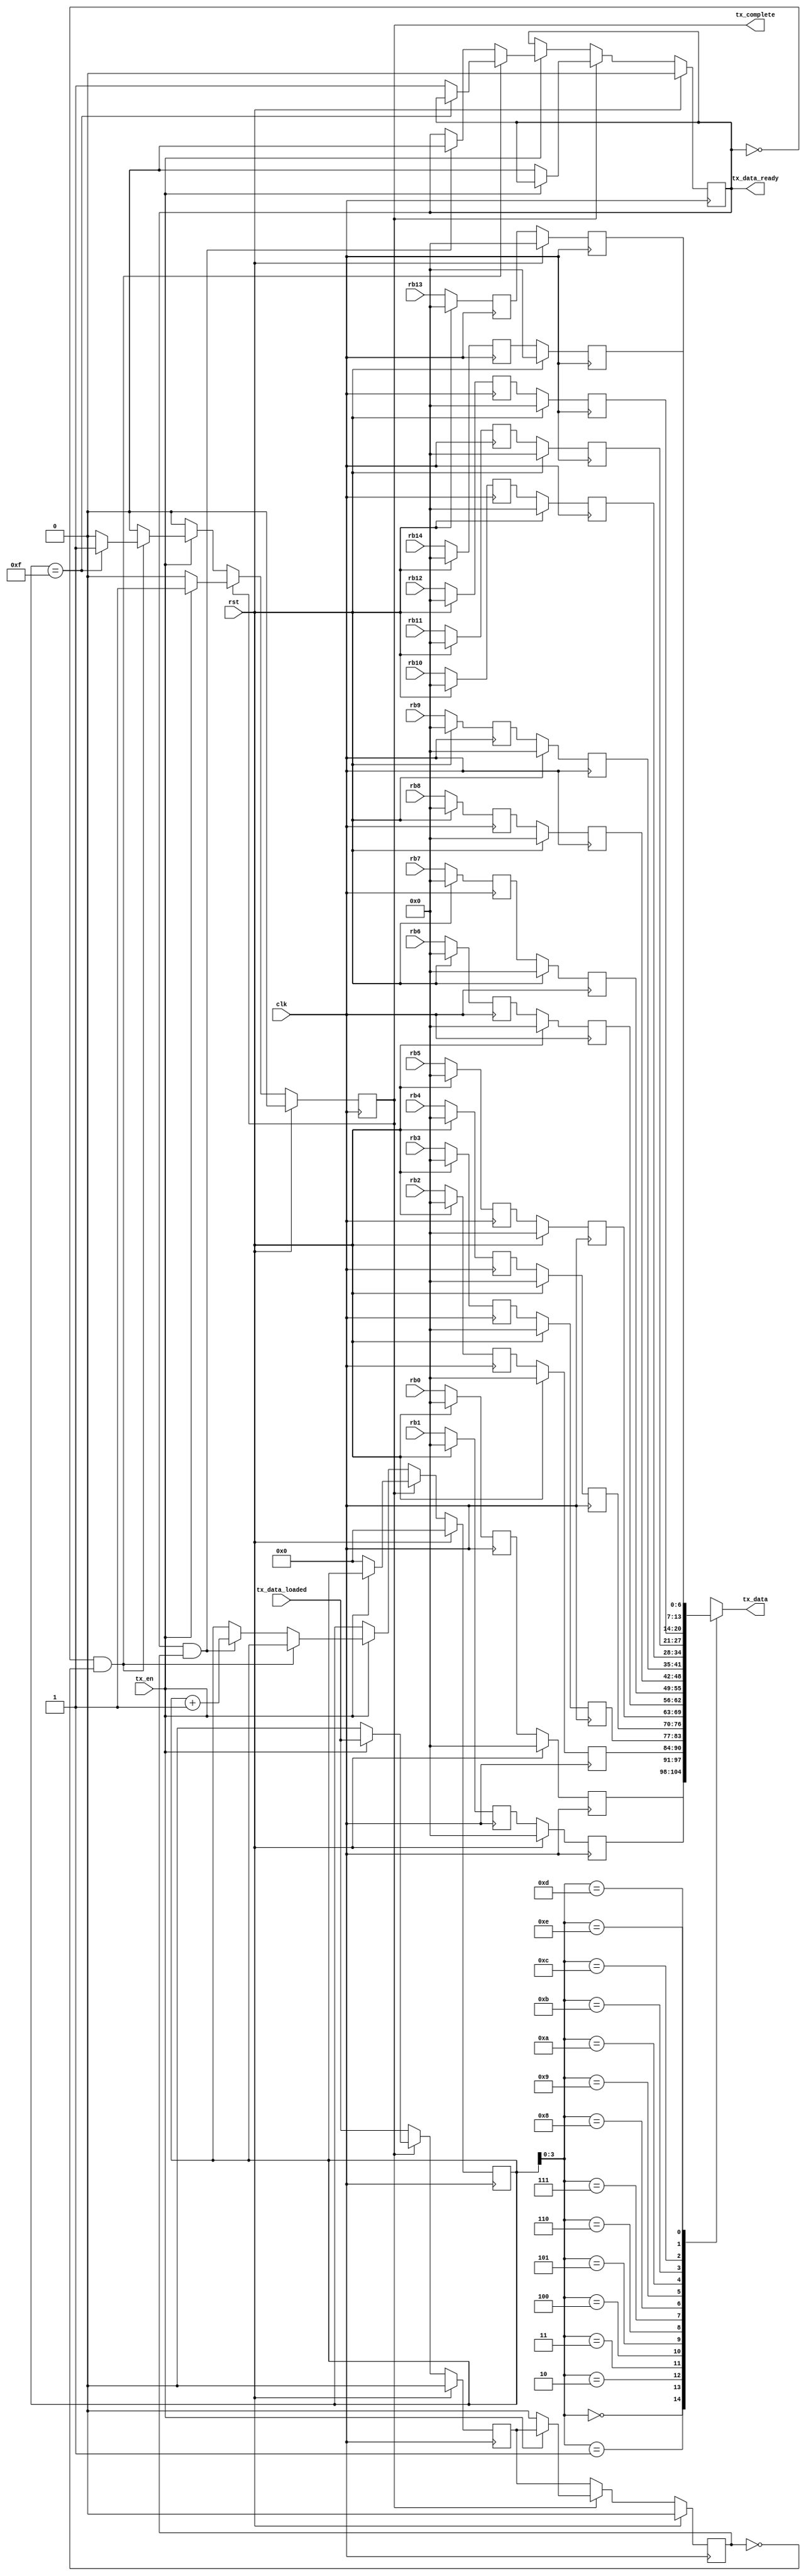
module monitor_readback(
	clk,
	rst,
	tx_en,
	//tx_clk,
	tx_data_ready,
	tx_data,
	tx_data_loaded,
	tx_complete,
	rb0,
	rb1,
	rb2,
	rb3,
	rb4,
	rb5,
	rb6,
	rb7,
	rb8,
	rb9,
	rb10,
	rb11,
	//rb12
	rb12,
	rb13,
	rb14
);

//parameter N_READBACKS = 13;
parameter N_READBACKS = 15;

// Ports
input					clk;
input					rst;
input					tx_en;
//input					tx_clk;
input					tx_data_loaded;
output	reg		tx_data_ready;
output [6:0]	tx_data;
output	reg		tx_complete;
input	  [6:0]		rb0;
input	  [6:0]		rb1;
input	  [6:0]		rb2;
input	  [6:0]		rb3;
input	  [6:0]		rb4;
input	  [6:0]		rb5;
input	  [6:0]		rb6;
input	  [6:0]		rb7;
input	  [6:0]		rb8;
input	  [6:0]		rb9;
input	  [6:0]		rb10;
input	  [6:0]		rb11;
input	  [6:0]		rb12;
input	  [6:0]		rb13;
input	  [6:0]		rb14;

// Registers
reg [6:0] readbacks_a [0:N_READBACKS-1];
reg [6:0] readbacks_b [0:N_READBACKS-1];

// For for loop
integer i;

always @(posedge clk) begin
	if (rst) begin
		for (i=0; i < N_READBACKS; i=i+1) begin
			readbacks_a[i] <= 0;
			readbacks_b[i] <= 0;
		end
	end else begin
		// Synchronise readbacks
		readbacks_a[0]		<=	rb0;
		readbacks_a[1]		<=	rb1;
		readbacks_a[2]		<=	rb2;
		readbacks_a[3]		<=	rb3;
		readbacks_a[4]		<=	rb4;
		readbacks_a[5]		<=	rb5;
		readbacks_a[6]		<=	rb6;
		readbacks_a[7]		<=	rb7;
		readbacks_a[8]		<=	rb8;
		readbacks_a[9]		<=	rb9;
		readbacks_a[10]	<=	rb10;
		readbacks_a[11]	<=	rb11;
		readbacks_a[12]	<=	rb12;
		readbacks_a[13]	<=	rb13;
		readbacks_a[14]	<=	rb14;
		for (i=0; i < N_READBACKS; i=i+1) begin
			readbacks_b[i] <= readbacks_a[i];
		end
	end
end

// Readback logic.  This works as the DAQ RAM readback.  Each readback is
// stepped trhough in turn, with its data presented until transmitted by the uart
reg [4:0]   tx_cnt;
//reg			tx_data_ready;
reg			tx_data_loaded1;
reg			tx_data_loaded2;
//reg 			tx_complete;
//reg [7:0]	tx_data;
//always @(posedge tx_clk) begin
always @(posedge clk) begin
	if (rst) begin
		tx_cnt <= 0;
		tx_data_ready <= 0;
		tx_data_loaded1 <= 0;
		tx_data_loaded2 <= 0;
		tx_complete <= 0;
	end else begin
		//tx_data_loaded is asserted by the UART once it has loaded the current
		//data word.  Since the UART operates on the baud clock domain, synchronise
		tx_data_loaded1 <= tx_data_loaded;
		tx_data_loaded2 <= tx_data_loaded1;
		if (!tx_complete) begin
			if (tx_en) begin
				//Transmission of RAM contents enabled
				if (!tx_data_ready && !tx_data_loaded2) begin
					if (tx_cnt == N_READBACKS) begin
							//We have transmitted the data from the last address
							tx_complete <= 1;
					end else begin
						//Load the data from RAM address currently specified by tx_cnt
						tx_data_ready <= 1;
					end
				end else begin
					if (tx_data_ready && tx_data_loaded2) begin
						//Data word has been loaded to the uart.  tx_data_loaded will stay 
						//high until the UART transmission has finished
						tx_data_ready <= 0;
						tx_cnt <= tx_cnt + 1;
					end
				end
			end
		end else begin
			//Transmission is complete.  Wait for enable to go low, then reset tx logic
			if (!tx_en) begin
				tx_cnt <= 0;
				tx_data_ready <= 0;
				tx_data_loaded1 <= 0;
				tx_data_loaded2 <= 0;
				tx_complete <= 0;
			end
		end
	end
end
			
// Logic to append leading 1 to ram output to designate as data word
//always @(posedge tx_clk) tx_data <= {1'b1, readbacks_b[tx_cnt]};

assign tx_data = readbacks_b[tx_cnt];

endmodule